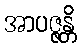
အာပဇ္ဇန္တိ